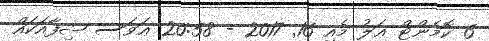
6 ކޮމެންޓް ޢަލު މެއި 16